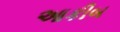
આકીબ